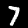
Label: 7